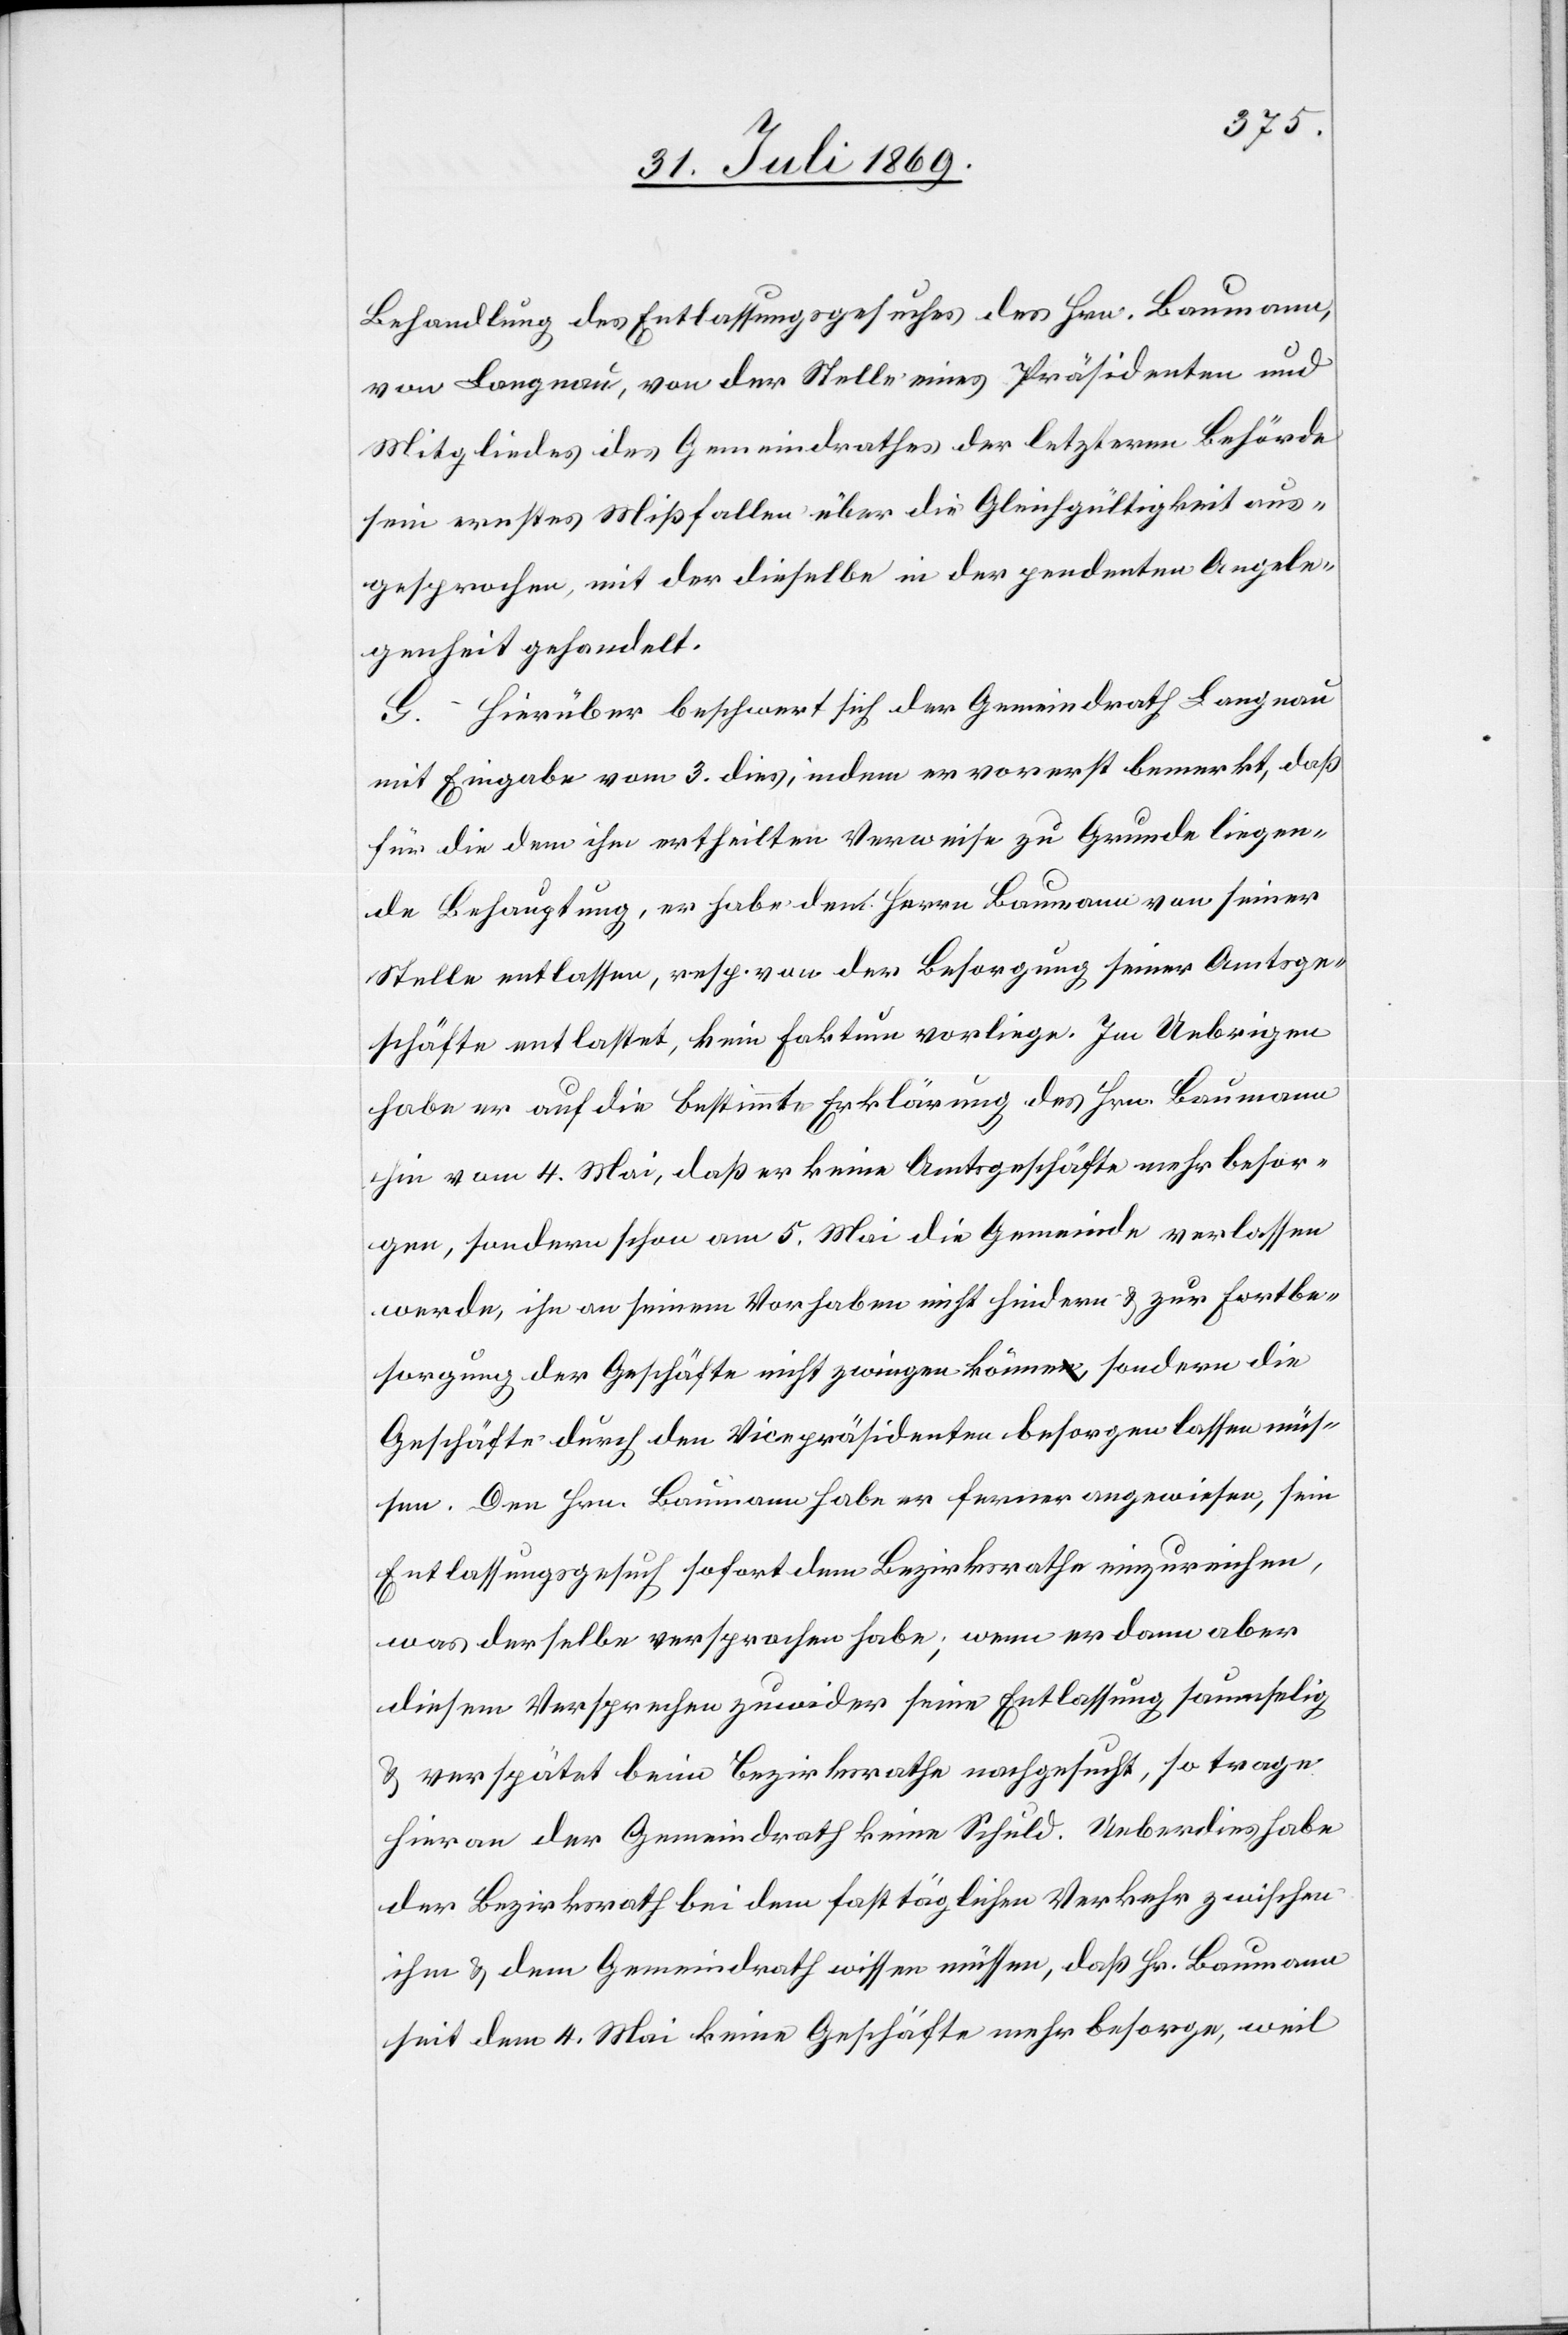
Behandlung des Entlassungsgesuches des Hrn. Baumann,
von Langnau, von der Stelle eines Präsidenten und
Mitgliedes des Gemeindrathes der letzteren Behörde
sein erstes Mißfallen über die Gleichgültigkeit aus¬
gesprochen, mit der dieselbe in der geendeten Angele¬
genheit gehandelt.
G. Hierüber beschwert sich der Gemeindrath Langnau
mit Eingabe vom 3. dies, indem er vorerst bemerkt, daß
für die dem ihm ertheilten Verweise zu Grunde liegen¬
de Behauptung, er habe den Herrn Baumann von seiner
Stelle entlassen, resp. von der Besorgung seiner Amtsge¬
schäfte entlastet, kein Faktum vorliege. Im Uebrigen
habe er auf die bestimmte Erklärung des Hrn. Baumann
hin vom 4 Mai, daß er keine Amtsgeschäfte mehr besor¬
gen, sondern schon am 5. Mai die Gemeinde verlassen
werde, ihn an seinem Vorhaben nicht hindern u. zur Fortbe¬
sorgung der Geschäfte nicht zwingen können, sondern die
Geschäfte durch den Vicepräsidenten besorgen lassen müs¬
sen. Den Hrn. Baumann habe er ferner angewiesen, sein
Entlassungsgesuch sofort dem Bezirksrathe einzureichen,
was derselbe versprochen habe, wenn es dann aber
diesem Versprechen zuwider seine Entlassung saumselig
u. verspätet beim Bezirksrathe nachgesucht, so trage
hieran der Gemeindrath keine Schuld. Ueberdies habe
der Bezirksrath bei dem fast täglichen Verkehr zwischen
ihm u. dem Gemeindrath wissen müssen, daß Hr. Baumann
seit dem 4 Mai keine Geschäfte mehr besorge, weil